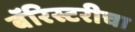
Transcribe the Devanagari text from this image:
बॅरिस्टरीचा